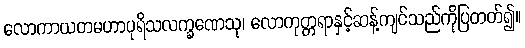
လောကာယတမဟာပုရိသလက္ခဏေသု၊ လောကုတ္တရာနှင့်ဆန့်ကျင်သည်ကိုပြတတ်၍။